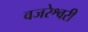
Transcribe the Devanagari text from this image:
वजरेश्वरी